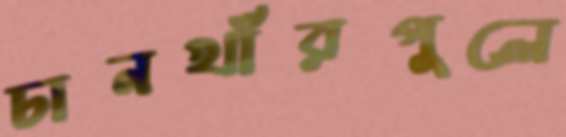
চানখাঁরপুলে